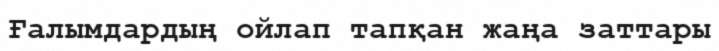
Ғалымдардың ойлап тапқан жаңа заттары